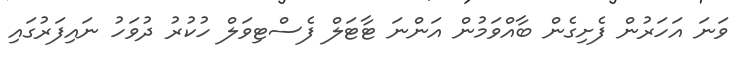
ވަނަ އަހަރުން ފެށިގެން ބާއްވަމުން އަންނަ ޓާޓަލް ފެސްޓިވަލް ހުކުރު ދުވަހު ނައިފަރުގައި